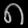
Digit: ၈